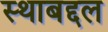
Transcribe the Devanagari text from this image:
स्थाबद्दल